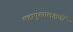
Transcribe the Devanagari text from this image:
महापुरुषलक्षणों